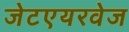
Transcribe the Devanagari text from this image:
जेटएयरवेज